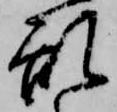
乱